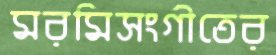
মরমিসংগীতের